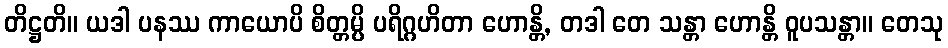
တိဋ္ဌတိ။ ယဒါ ပနဿ ကာယောပိ စိတ္တမ္ပိ ပရိဂ္ဂဟိတာ ဟောန္တိ, တဒါ တေ သန္တာ ဟောန္တိ ဝူပသန္တာ။ တေသု